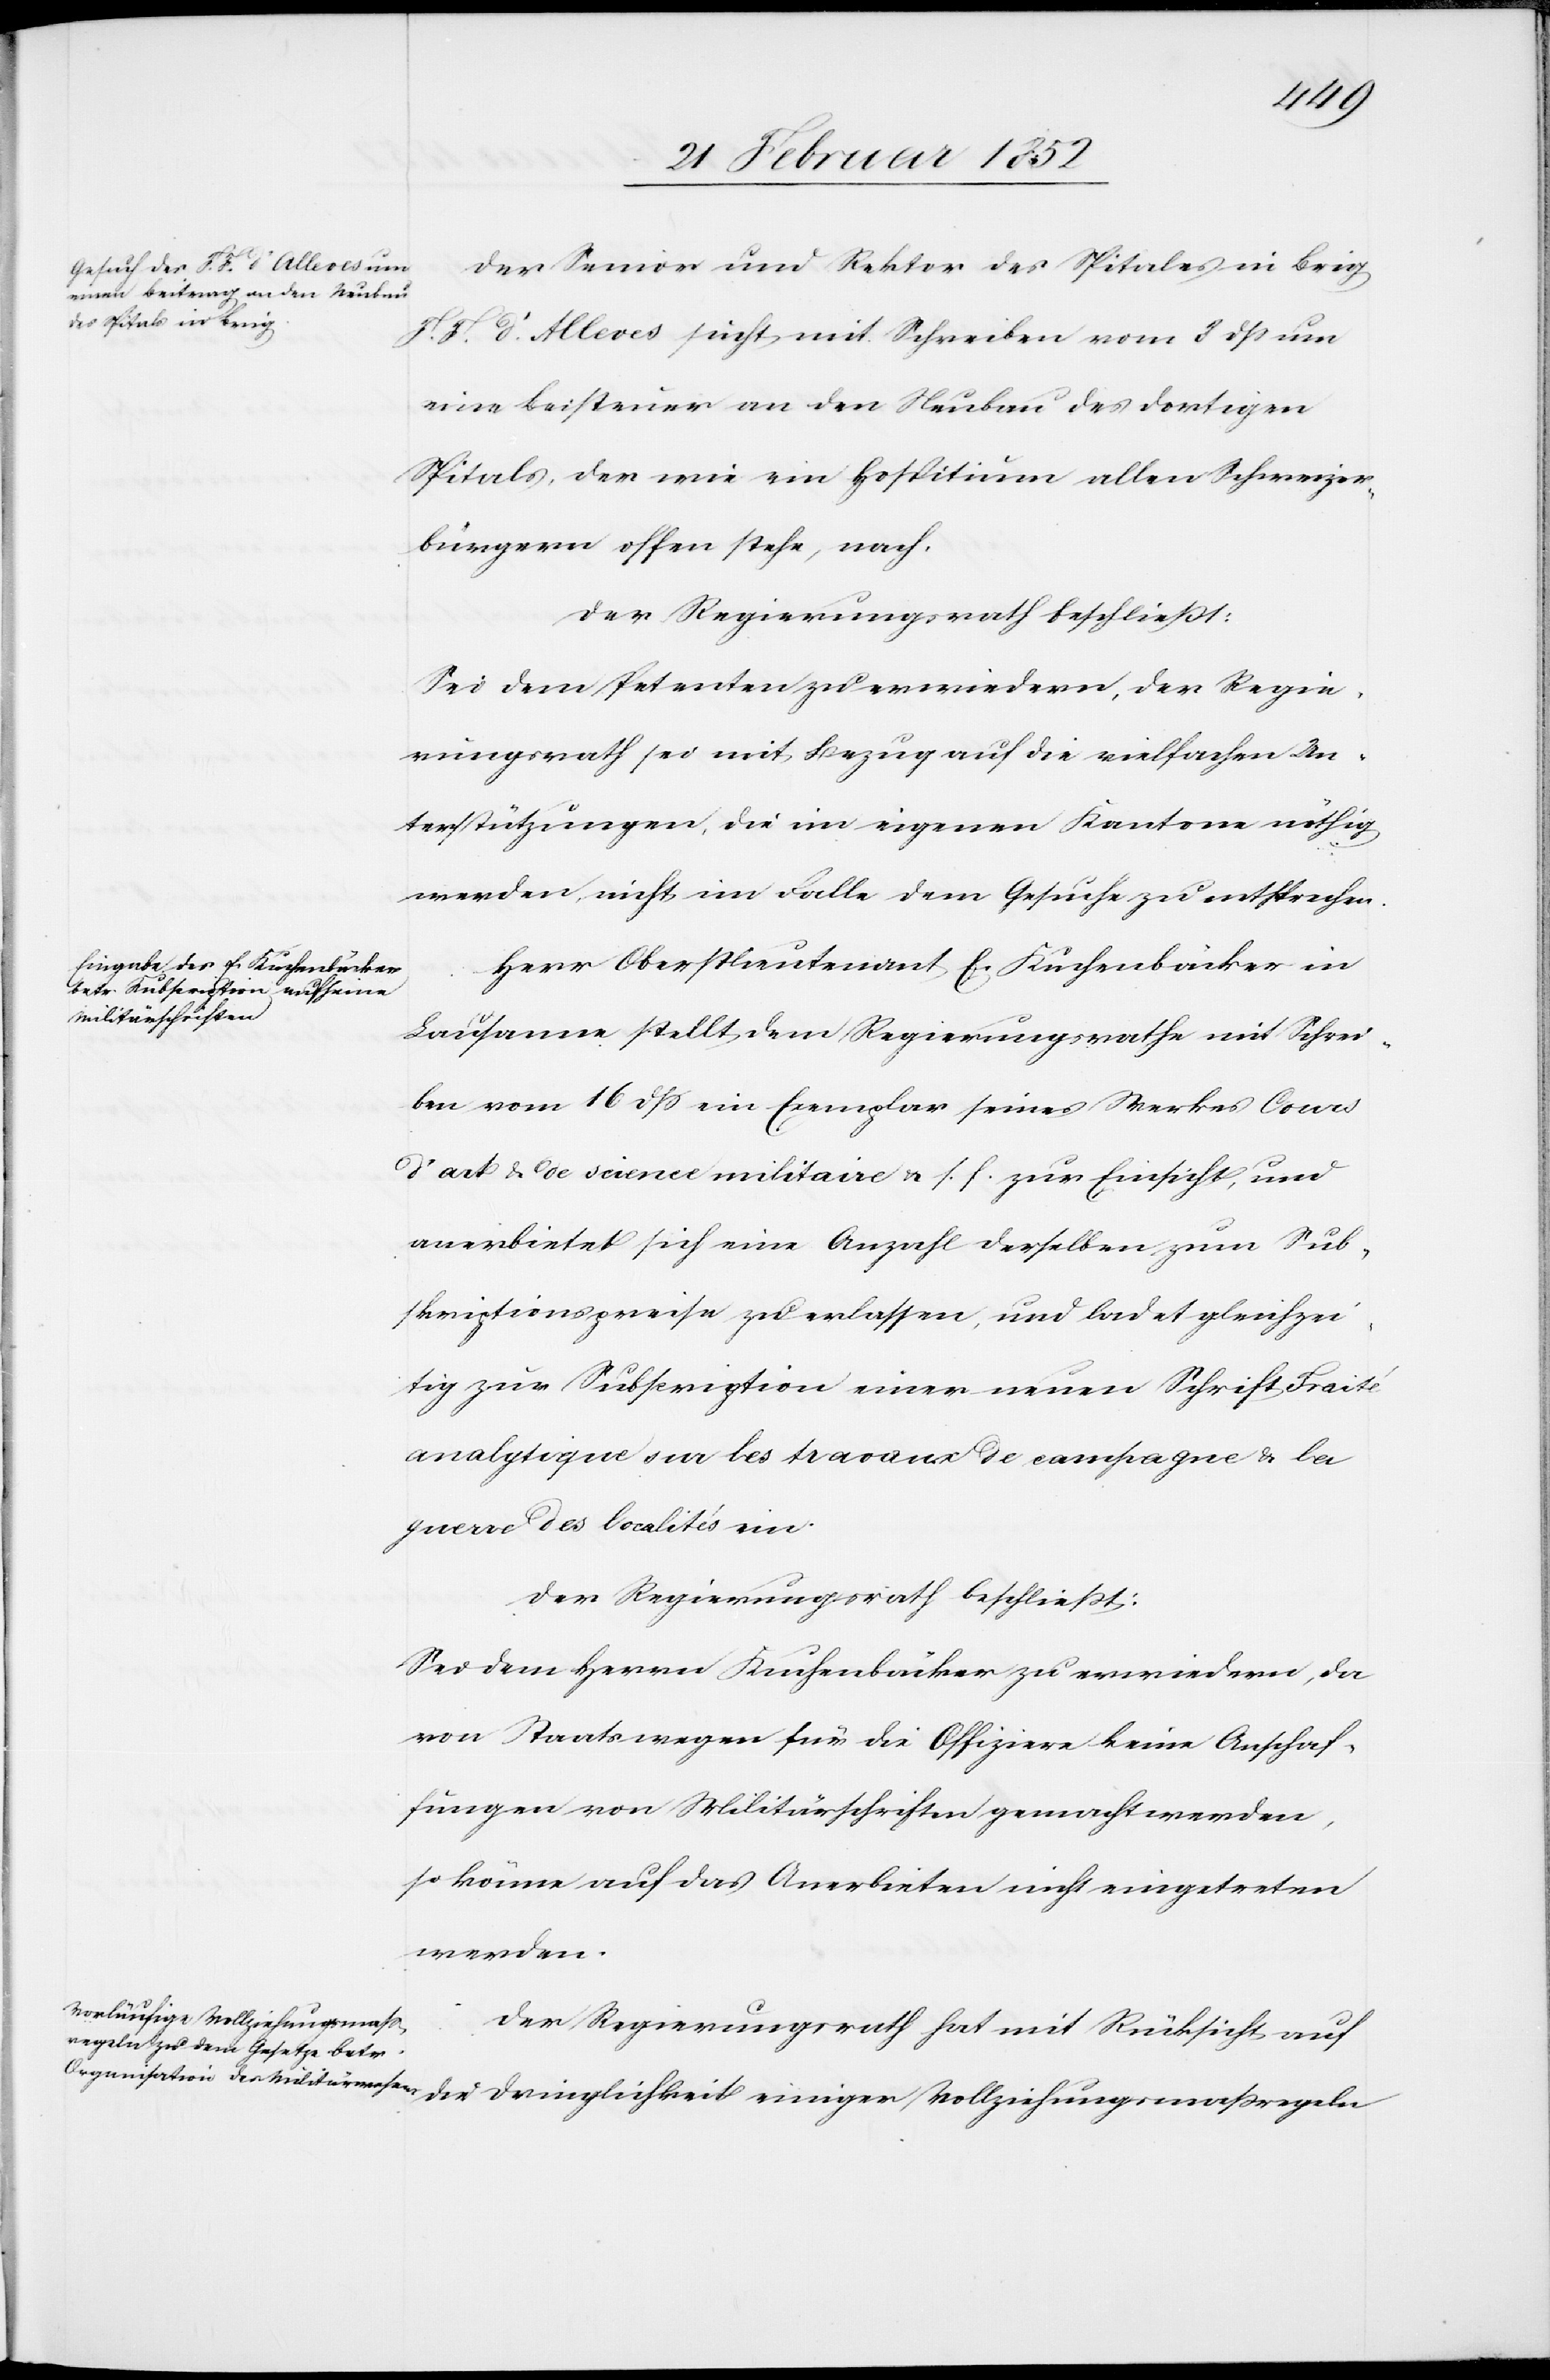
Der Senior und Rektor des Spitales in Brig
F. F. S. Alleres sieht mit Schreiben vom 3 dß um
eine Beisteuer an den Neubau des dortigen
Spitals, der wie ein Hospitium allen Schweizer¬
bürgern offen stehe, nach.
Der Regierungsrath beschließt:
Sei dem Petenten zu erwiedern, der Regie¬
rungsrath sei mit Bezug auf die vielfachen Un¬
terstützungen, die im eigenen Kantone nöthig
werden, nicht im Falle dem Gesuche zu entsprechen.
Herr Oberstlieutenant E. Kuchenbäcker in
Lausanne stellt dem Regierungsrathe mit Schrei¬
ben vom 16 dß ein Exemplar seines Werkes Cours
d’art & de science militaire u. f. f. zur Einsicht, und
anerbiete sich eine Anzahl derselben zum Sub¬
skriptionspreise zu erlassen, und ladet gleichzei¬
tig zur Subscription einer neuen Schrift Traité
guerre des localités ein.
Der Regierungsrath beschließt:
Sei dem Herrn Kuchenbäcker zu erwiedern, da
von Staatswegen für die Offiziere keine Anschaf¬
fungen von Militärschriften gemacht werden,
so könne auf das Anerbieten nicht eingetreten
werden.
Der Regierungsrath hat mit Rücksicht auf